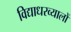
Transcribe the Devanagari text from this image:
विद्याधरव्यालों